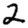
Digit: 2